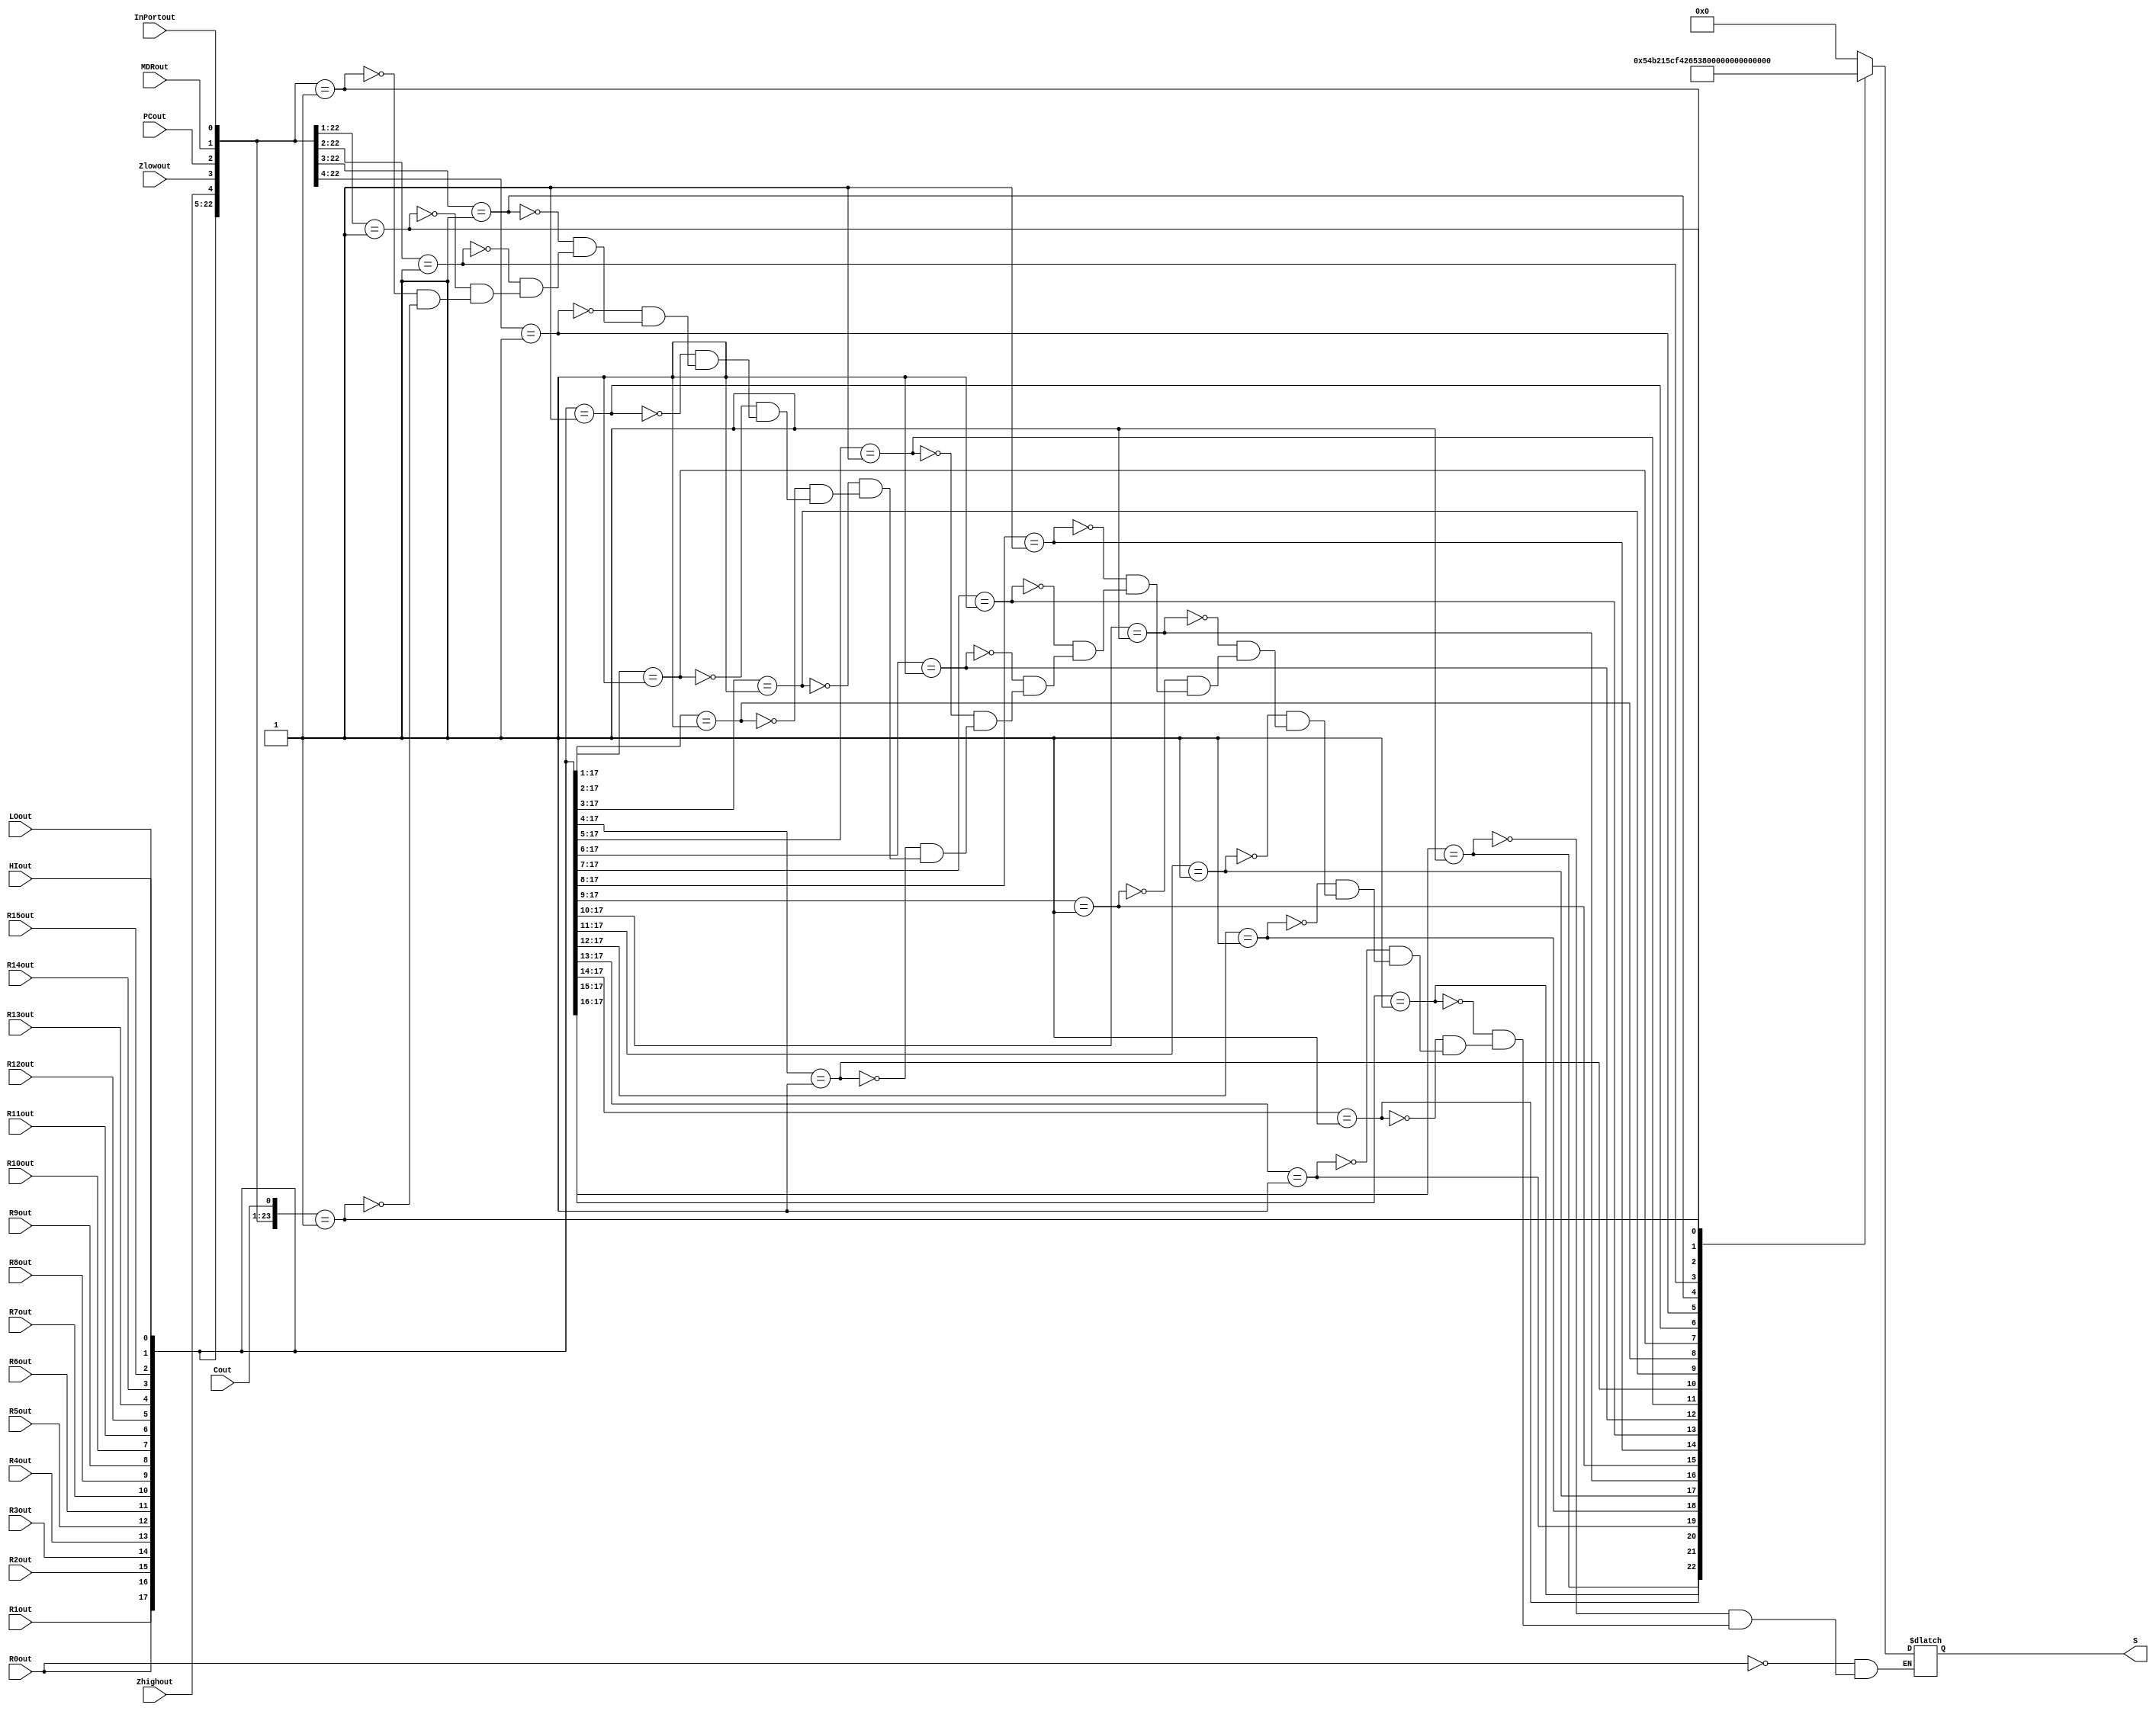
`timescale 1ns/10ps
module bus32_to_5_encoder(
	input R0out, R1out, R2out, R3out, R4out, R5out, R6out, R7out, R8out, R9out, R10out, R11out, R12out, R13out, R14out, R15out, 
	input HIout, LOout, Zhighout, Zlowout, PCout, MDRout, InPortout, Cout,
	output reg [4:0] S
	);
	wire [23:0] in = ({R0out,R1out, R2out, R3out, R4out, R5out, R6out, R7out, R8out, R9out, R10out, R11out, R12out, R13out, R14out, R15out, HIout, LOout, Zhighout, Zlowout, PCout, MDRout, InPortout, Cout});
	always@(in)
	begin
		casex(in)
			24'b1xxxxxxxxxxxxxxxxxxxxxxx:		S=00000;
			24'b01xxxxxxxxxxxxxxxxxxxxxx:		S=00001;
			24'b001xxxxxxxxxxxxxxxxxxxxx:		S=00010;
			24'b0001xxxxxxxxxxxxxxxxxxxx:		S=00011;
			24'b00001xxxxxxxxxxxxxxxxxxx:		S=00100;
			24'b000001xxxxxxxxxxxxxxxxxx:		S=00101;
			24'b0000001xxxxxxxxxxxxxxxxx:		S=00110;
			24'b00000001xxxxxxxxxxxxxxxx:		S=00111;
			24'b000000001xxxxxxxxxxxxxxx:		S=01000;
			24'b0000000001xxxxxxxxxxxxxx:		S=01001;
			24'b00000000001xxxxxxxxxxxxx:		S=01010;
			24'b000000000001xxxxxxxxxxxx:		S=01011;
			24'b0000000000001xxxxxxxxxxx:		S=01100;
			24'b00000000000001xxxxxxxxxx:		S=01101;
			24'b000000000000001xxxxxxxxx:		S=01110;
			24'b0000000000000001xxxxxxxx:		S=01111;
			24'b00000000000000001xxxxxxx:		S=10000;
			24'b000000000000000001xxxxxx:		S=10001;
			24'b0000000000000000001xxxxx:		S=10010;
			24'b00000000000000000001xxxx:		S=10011;
			24'b000000000000000000001xxx:		S=10100;
			24'b0000000000000000000001xx:		S=10101;
			24'b00000000000000000000001x:		S=10110;
			24'b000000000000000000000001:		S=10111;
		endcase
	end
endmodule